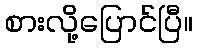
စားလို့ပြောင်ပြီ။